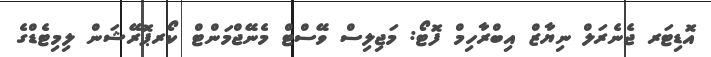
އޮޑިޓަރ ޖެނެރަލް ނިޔާޒް އިބްރާހިމް ފޮޓޯ: މަޖިލިސް ވޭސްޓް މެނޭޖްމަންޓް ކޯރޕޮރޭޝަން ލިމިޓެޑްގެ